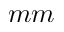
m m